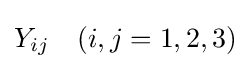
Y_{ij}\quad (i,j=1,2,3)